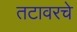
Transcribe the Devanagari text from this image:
तटावरचे